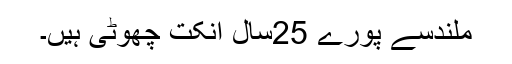
ملندسے پورے 25سال انکت چھوٹی ہیں۔